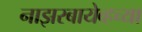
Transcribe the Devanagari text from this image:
नाझरबायेव्हच्या